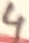
Text: 4